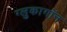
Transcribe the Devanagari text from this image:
ग्लुकागॉन